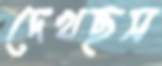
দেখছস